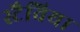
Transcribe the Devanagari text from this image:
स्टैविया